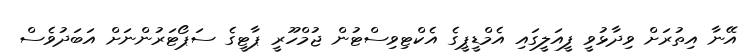
އޭނާ އިތުރަށް ވިދާޅުވީ ފީއަލީގައި އެމްޑީޕީގެ އެކްޓިވިސްޓުން ޖުމްހޫރީ ޕާޓީގެ ސަޕޯޓަރުންނަށް އަބަދުވެސް